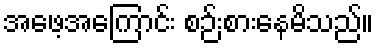
အဖေ့အကြောင်း စဉ်းစားနေမိသည်။